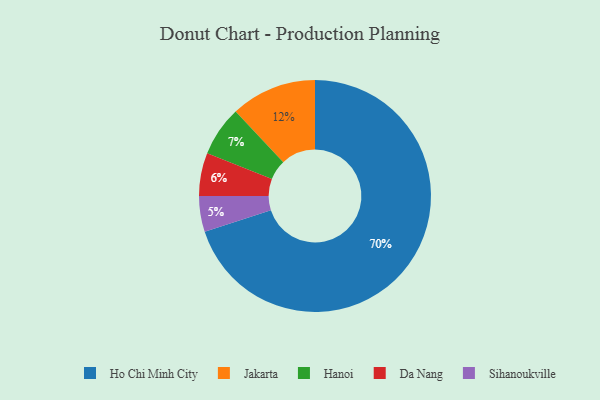
{"axis": {"x": "Category", "y": "Percentage"}, "legend": ["Da Nang", "Hanoi", "Ho Chi Minh City", "Jakarta", "Sihanoukville"], "data": [{"x": "Jakarta", "y": 12, "type": "Jakarta"}, {"x": "Ho Chi Minh City", "y": 70, "type": "Ho Chi Minh City"}, {"x": "Hanoi", "y": 7, "type": "Hanoi"}, {"x": "Da Nang", "y": 6, "type": "Da Nang"}, {"x": "Sihanoukville", "y": 5, "type": "Sihanoukville"}]}